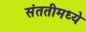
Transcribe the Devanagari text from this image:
संततीमध्ये